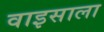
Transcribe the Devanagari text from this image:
वाइसाला